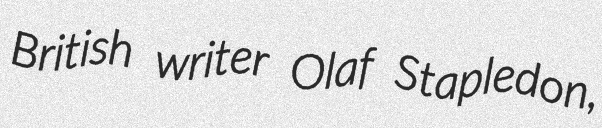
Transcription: British writer Olaf Stapledon,